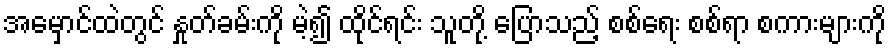
အမှောင်ထဲတွင် နှုတ်ခမ်းကို မဲ့၍ ထိုင်ရင်း သူတို့ ပြောသည့် စစ်ရေး စစ်ရာ စကားများကို